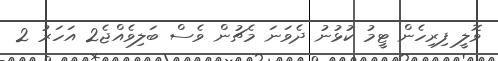
ވޮލީ ފިރިހެން ޓީމު ކުޅުނު ދެވަނަ މެޗުން ވެސް ބަލިވެއްޖެ2 އަހަރު 2